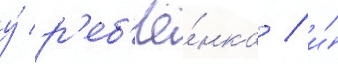
у́ р'еб'ё́нка / и́